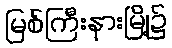
မြစ်ကြီးနားမြို့၌